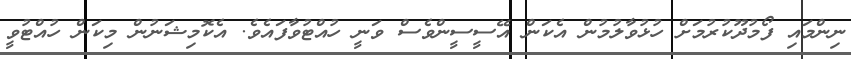
ނިންމައި ފޯމުދޫކުރުމަށް ހުޅުވާލުމުން އެކަން އޭސީސީންވެސް ވަނީ ހުއްޓުވާފައެވެ. އެކޮމިޝަނުން މިކަން ހުއްޓުވީ